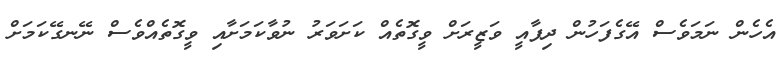
އެހެން ނަމަވެސް އޭގެފަހުން ދިފާއީ ވަޒީރަށް ވީގޮތެއް ކަށަވަރު ނުވާކަމަށާއި ވީގޮތެއްވެސް ނޭނގޭކަމަށް